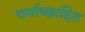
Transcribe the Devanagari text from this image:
चर्माच्छादित